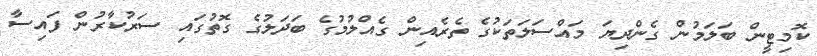
ކޮމިޓީން ބަލަމުން ގެންދިޔަ މައްސަލަތަކުގެ ތެރެއިން ގެއްލުމުގެ ބަދަލުގެ ގޮތުގައި ސަރުކާރުން ފައިސާ